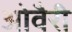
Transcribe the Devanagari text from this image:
ओवैरी